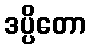
ဒပ္ပိတော